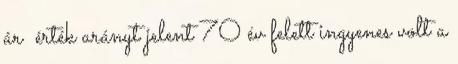
ár érték arányt jelent 70 év felett ingyenes volt a